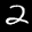
Label: 2